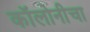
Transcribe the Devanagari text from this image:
कॉलोनीचा